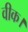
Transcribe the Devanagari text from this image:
वीक।